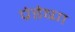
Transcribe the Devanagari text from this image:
प्रेडेष्ण